Medical and sanitary report of the native army of Bengal for the year
Year: 1878
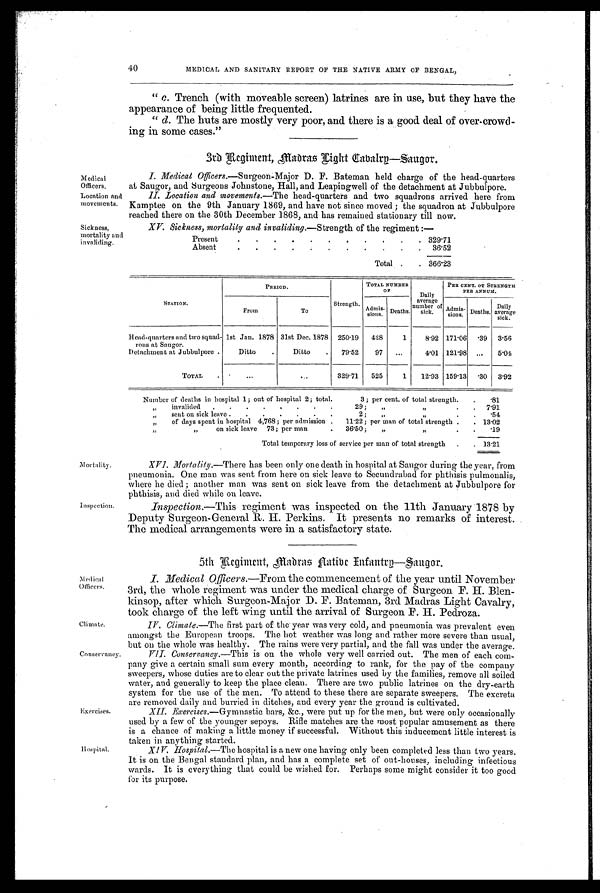
Medical
Officers.
Location and
movements.
Sickness,
mortality and
invaliding.
Mortality.
Inspection.
Medical
Officers,
Climate.
Conservancy.
Exercises.
Hospital.
40
MEDICAL AND SANITARY REPORT OF THE NATIVE ARMY OF BENGAL,
" c. Trench (with moveable screen) latrines are in use, but they have the
appearance of being little frequented.
" d. The huts are mostly very poor, and there is a good deal of over-crowd
-
ing in some cases."
3rd Regiment, Madras Light Cavalry—Saugor.
I. Medical Officers.—Surgeon-Major D. F. Bateman held charge of the head-quarters
at Saugor, and Surgeons Johnstone, Hall, and Leapingwell of the detachment at Jubbulpore.
II. Location and movements. —The head-quarters and two squadrons arrived here from
Kamptee on the 9th January 1869, and have not since moved ; the squadron at Jubbulpore
reached there on the 30th December 1868, and has remained stationary till now.
XV. Sickness, mortality and invaliding. —Strength of the regiment :—
Present
.
.
. . .
. . . .
.
. 329.71
Absent
.
.
.
.
.
. .
.
. . 36.52
Total .
. 366.23
S T A T I O N .
PERIOD.
Strength.
TOTAL NUMBER
O F
Daily
average
number of
sick.
PER CENT. OF STRENGTH
PER ANNUM.
From
To
Admis-
sions. Deaths.
Admis- sions. Deaths. Daily
average sick.
Head-quarters and two squad-
rons at Saugor.
1st Jan. 1878 31st Dec. 1878 250.19 428
1
8.92 171.06 .39 3.56
Detachment at Jubbulpore .
Ditto .
Ditto . 79.52
97 ...
4.01 121.98
. . . 5.04
TOTAL .
...
. . . 329.71 525
1 12.93 159.13 .30 3.92
XVI. Mortality.—There has been only one death in hospital at Saugor during the year, from
pneumonia. One man was sent from here on sick leave to Secundrabad for phthisis pulmonalis,
where he died ; another man was sent on sick leave from the detachment at Jubbulpore for
phthisis, and died while on leave.
Inspection.—This regiment was inspected on the 11th January 1878 by
Deputy Surgeon-General H. Perkins. It presents no remarks of interest.
The medical arrangements were in a satisfactory state.
5th Regiment, Madras Native Infantry—Saugor
I. Medical Officers.—From the commencement of the year until November
3rd, the whole regiment was under the medical charge of Surgeon F. H. Blen
-
kinsop, after which Surgeon-Major D. F. Bateman, 3rd Madras Light Cavalry,
took charge of the left wing until the arrival of surgeon F. H. Pedroza.
IV. Climate.—The first part of the year was very cold, and pneumonia was prevalent even
amongst the European troops. The hot weather was long and rather more severe than usual,
but on the whole was healthy. The rains were very partial, and the fall was under the average.
VII. Conservancy.—This is on the whole very well carried out. The men of each com
-
pany give a certain small sum every month, according to rank, for the pay of the company
sweepers, whose duties are to clear out the private latrines used by the families, remove all soiled
water, and generally to keep the place clean. There are two public latrines on the dry-earth
system for the use of the men. To attend to these there are separate sweepers. The excreta
are removed daily and burried in ditches, and every year the ground is cultivated.
XII. Exereises.—Gymnastic bars, &c., were put up for the men, but were only occasionally
used by a few of the younger sepoys. Rifle matches are the most popular amusement as there
is a chance of making a little money if successful. Without this inducement little interest is
taken in anything started.
XIV. Hospital.—The hospital is a new one having only been completed less than two years.
It is on the Bengal standard plan, and has a complete set of out-houses, including infectious
wards. It is everything that could be wished for. Perhaps some might consider it too good
for its purpose.
Si
Number of deaths in hospital 1; out of hospital 2; total. 3 ; per cent. of total strength. .
. . 8 1
„
invalided . . . .
.
.
29; „ „
. . 7.91
„ sent on sick leave . . . . . . .
2; „
„ . . .54
„
of days spent in hospital 4,768 ; per admission . 11.22 ; per man of total strength . . 13.02
„
on sick leave 73 ; per man . 36.50 ;
„ „
.
. .19
Total temporary loss of service per man of total strength . . 13.21